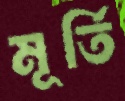
মূর্তি